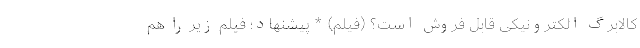
کالابرگ الکترونیکی قابل فروش است؟ (فیلم) * پیشنهاد؛ فیلم‌ زیر را هم